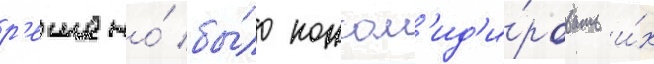
р'ешено́ бы́ло консол'ид'и́ровать и́х